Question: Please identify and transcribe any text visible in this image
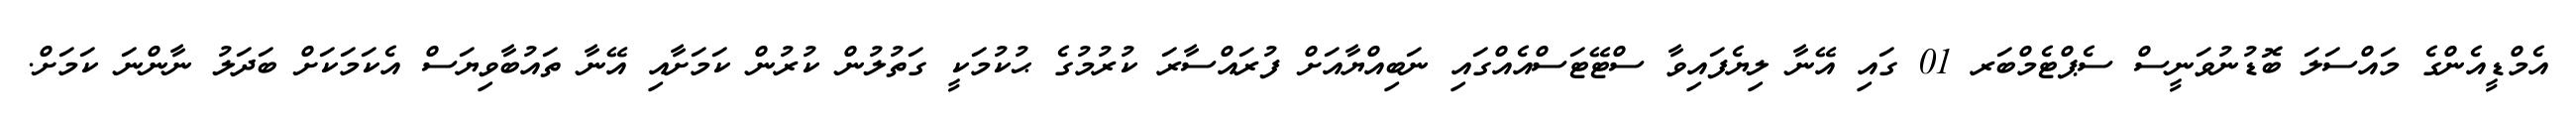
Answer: އެމްޑީއެންގެ މައްސަލަ ބޮޑުނުވަނީސް ސެޕްޓެމްބަރ 01 ގައި އޭނާ ލިޔެފައިވާ ސްޓޭޓަސްއެއްގައި ނަބިއްޔާއަށް ފުރައްސާރަ ކުރުމުގެ ޙުކުމަކީ ގަތުލުން ކުރުން ކަމަށާއި އޭނާ ތައުބާވިޔަސް އެކަމަކަށް ބަދަލު ނާންނަ ކަމަށް.